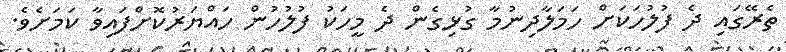
ތެރޭގައި ދެ ފުލުހަކަށް ހަމަލާދިނުމާ ގުޅިގެން ދެ މީހަކު ފުލުހުން ހައްޔަރުކޮށްފައިވާ ކަމަށެވެ.